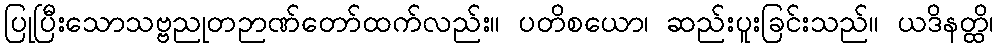
ပြုပြီးသောသဗ္ဗညုတဉာဏ်တော်ထက်လည်း။ ပတိစယော၊ ဆည်းပူးခြင်းသည်။ ယဒိနတ္ထိ၊